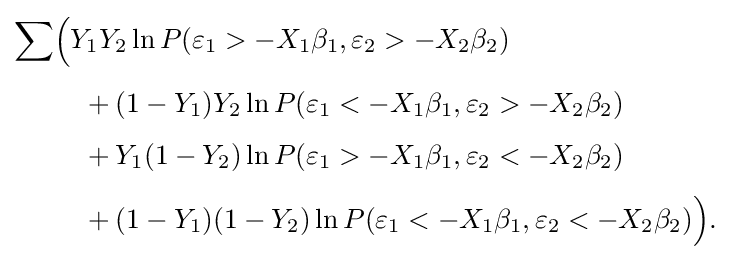
{\begin{aligned}\sum &{\Big (}Y_{1}Y_{2}\ln P(\varepsilon _{1}>-X_{1}\beta _{1},\varepsilon _{2}>-X_{2}\beta _{2})\\[4pt]&{}\quad {}+(1-Y_{1})Y_{2}\ln P(\varepsilon _{1}<-X_{1}\beta _{1},\varepsilon _{2}>-X_{2}\beta _{2})\\[4pt]&{}\quad {}+Y_{1}(1-Y_{2})\ln P(\varepsilon _{1}>-X_{1}\beta _{1},\varepsilon _{2}<-X_{2}\beta _{2})\\[4pt]&{}\quad {}+(1-Y_{1})(1-Y_{2})\ln P(\varepsilon _{1}<-X_{1}\beta _{1},\varepsilon _{2}<-X_{2}\beta _{2}){\Big )}.\end{aligned}}